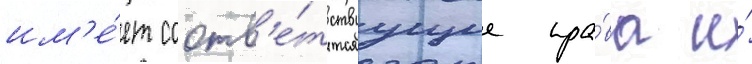
им'е́ет соотв'е́тствуущие пра́ва и́